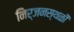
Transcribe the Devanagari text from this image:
निर्जनस्थळी